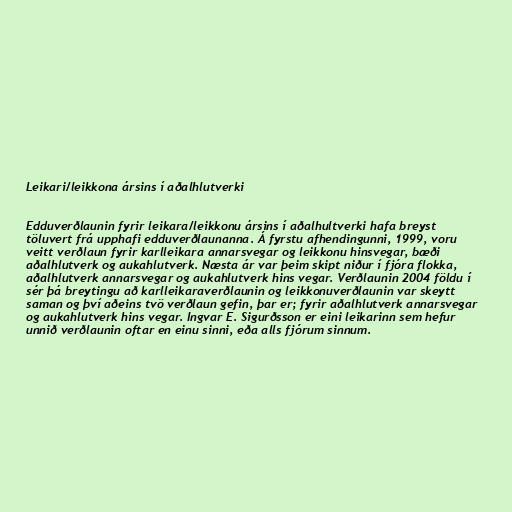
Leikari/leikkona ársins í aðalhlutverki

Edduverðlaunin fyrir leikara/leikkonu ársins í aðalhultverki hafa breyst
töluvert frá upphafi edduverðlaunanna. Á fyrstu afhendingunni, 1999, voru
veitt verðlaun fyrir karlleikara annarsvegar og leikkonu hinsvegar, bæði
aðalhlutverk og aukahlutverk. Næsta ár var þeim skipt niður í fjóra flokka,
aðalhlutverk annarsvegar og aukahlutverk hins vegar. Verðlaunin 2004 földu í
sér þá breytingu að karlleikaraverðlaunin og leikkonuverðlaunin var skeytt
saman og því aðeins tvö verðlaun gefin, þar er; fyrir aðalhlutverk annarsvegar
og aukahlutverk hins vegar. Ingvar E. Sigurðsson er eini leikarinn sem hefur
unnið verðlaunin oftar en einu sinni, eða alls fjórum sinnum.